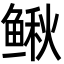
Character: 鳅